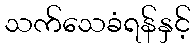
သက်သေခံရန်နှင့်